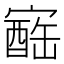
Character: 𪧬